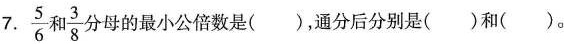
7.\frac{5}{6}和\frac{3}{8}分母的最小公倍数是（），通分后分别是（）和（）。